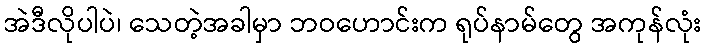
အဲဒီလိုပါပဲ၊ သေတဲ့အခါမှာ ဘဝဟောင်းက ရုပ်နာမ်တွေ အကုန်လုံး